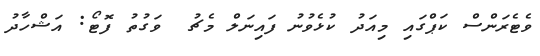
ވެޓެރަންސް ކަޕްގައި މިއަދު ކުޅެވުނު ފައިނަލް މެޗު  ވަގުތު ފޮޓޯ: އަޝްހާދު